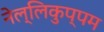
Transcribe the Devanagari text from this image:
नेल्लिकुप्पम